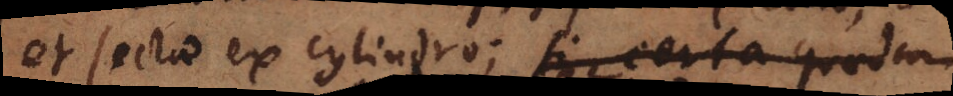
et secta ex cylindro; si certa quaedam